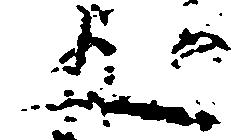
五